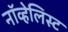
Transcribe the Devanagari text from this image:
नॉव्हेलिस्ट